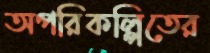
অপরিকল্পিতের